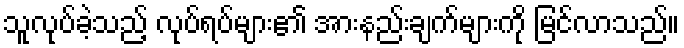
သူလုပ်ခဲ့သည့် လုပ်ရပ်များ၏ အားနည်းချက်များကို မြင်လာသည်။